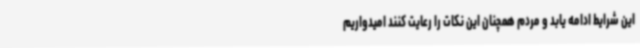
این شرایط ادامه یابد و مردم همچنان این نکات را رعایت کنند امیدواریم